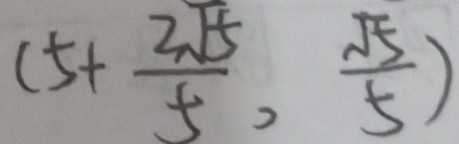
( 5 + \frac { 2 \sqrt { 5 } } { 5 } , \frac { \sqrt { 5 } } { 5 } )